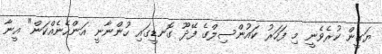
ޔަގީން ކުރެވެނީ މި ފަހަރު ކައުންސިލްގެ ފޭދޫ ގޮނޑީގައި ހުންނާނީ އަންހެނެއްކަން" އީނާ